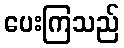
ပေးကြသည်